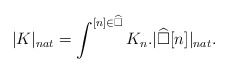
\begin{align*}|K|_{nat} = \int^{[n]\in \widehat{\square}} K_n. |\widehat{\square}[n]|_{nat}.\end{align*}